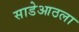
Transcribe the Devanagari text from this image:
साडेआठला